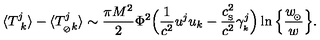
\langle { T _ { \ k } ^ { j } } \rangle - \langle T _ { _ { \oslash } k } ^ { j } \rangle \sim { \frac { \pi M ^ { 2 } } { 2 } } \Phi ^ { 2 } \Big ( { \frac { 1 } { c ^ { 2 } } } u ^ { j } u _ { k } - { \frac { c _ { _ \mathrm { S } } ^ { 2 } } { c ^ { 2 } } } \gamma _ { _ k } ^ { j } \Big ) \ln \Big \{ { \frac { w _ { \! _ { \odot } } } { w } } \Big \} .